Civil Veterinary Department. Central Provinces & Berar 1932-41 - 1932-1941
Year: 1932
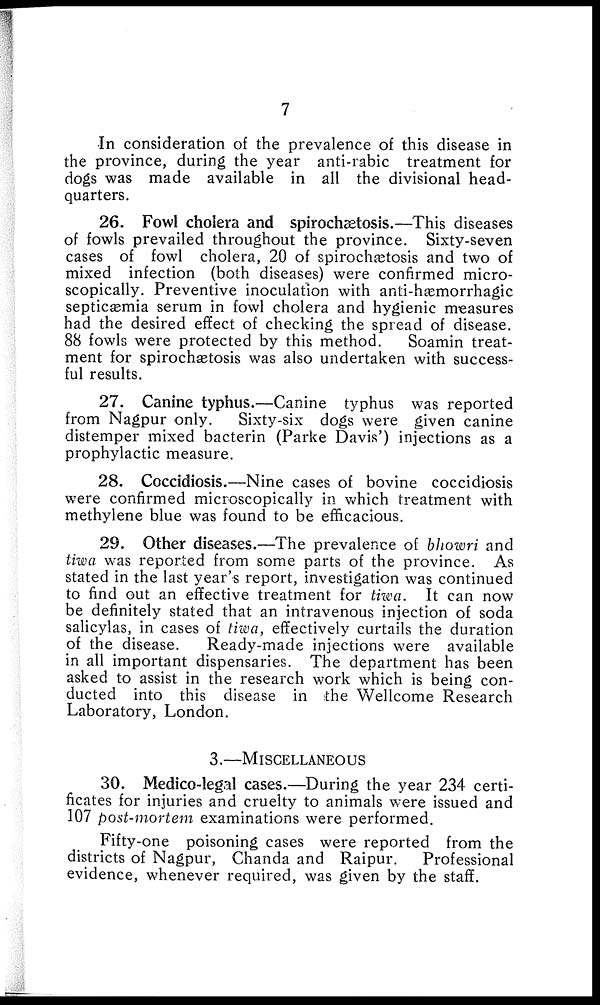
7
In consideration of the prevalence of this disease in
the province, during the year anti-rabic treatment for
dogs was made available in all the divisional head-
quarters.
26. Fowl cholera and spirochætosis.—This diseases
of fowls prevailed throughout the province. Sixty-seven
cases of fowl cholera, 20 of spirochætosis and two of
mixed infection (both diseases) were confirmed micro-
scopically. Preventive inoculation with anti-hæmorrhagic
septicæmia serum in fowl cholera and hygienic measures
had the desired effect of checking the spread of disease.
88 fowls were protected by this method.
Soamin treat-
ment for spirochætosis was also undertaken with success-
ful results.
27. Canine typhus.—Canine typhus was reported
from Nagpur only.
Sixty-six dogs were given canine
distemper mixed bacterin (Parke Davis') injections as a
prophylactic measure.
28. Coccidiosis.—Nine cases of bovine coccidiosis
were confirmed microscopically in which treatment with
methylene blue was found to be efficacious.
29. Other diseases.—The prevalence of bhowri and
tiwa was reported from some parts of the province. As
stated in the last year's report, investigation was continued
to find out an effective treatment for tiwa. It can now
be definitely stated that an intravenous injection of soda
salicylas, in cases of tiwa, effectively curtails the duration
of the disease.
Ready-made injections were available
in all important dispensaries. The department has been
asked to assist in the research work which is being con-
ducted into this disease in the Wellcome Research
Laboratory, London.
3.—MISCELLANEOUS
30. Medico-legal cases.—During the year 234 certi-
ficates for injuries and cruelty to animals were issued and
107 post-mortem examinations were performed.
Fifty-one poisoning cases were reported from the
districts of Nagpur, Chanda and Raipur.
Professional
evidence, whenever required, was given by the staff.